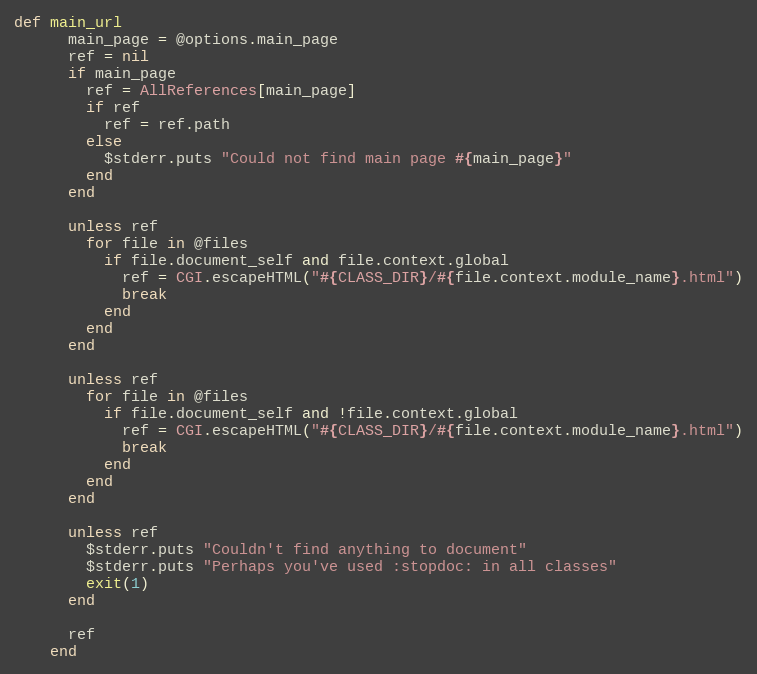
Language: Ruby
def main_url
      main_page = @options.main_page
      ref = nil
      if main_page
        ref = AllReferences[main_page]
        if ref
          ref = ref.path
        else
          $stderr.puts "Could not find main page #{main_page}"
        end
      end

      unless ref
        for file in @files
          if file.document_self and file.context.global
            ref = CGI.escapeHTML("#{CLASS_DIR}/#{file.context.module_name}.html")
            break
          end
        end
      end

      unless ref
        for file in @files
          if file.document_self and !file.context.global
            ref = CGI.escapeHTML("#{CLASS_DIR}/#{file.context.module_name}.html")
            break
          end
        end
      end

      unless ref
        $stderr.puts "Couldn't find anything to document"
        $stderr.puts "Perhaps you've used :stopdoc: in all classes"
        exit(1)
      end

      ref
    end